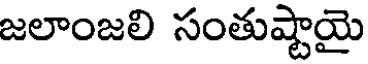
జలాంజలి సంతుష్టాయై